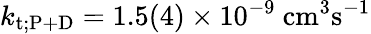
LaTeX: k_{\mathrm{t;P+D}}=1.5(4)\times 10^{-9}~\mathrm{cm^{3}s^{-1}}